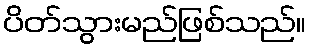
ပိတ်သွားမည်ဖြစ်သည်။